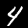
Label: 4